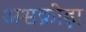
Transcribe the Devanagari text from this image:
अश्वक्रीड़ा